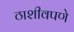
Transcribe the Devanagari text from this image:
ठाशीवपणे